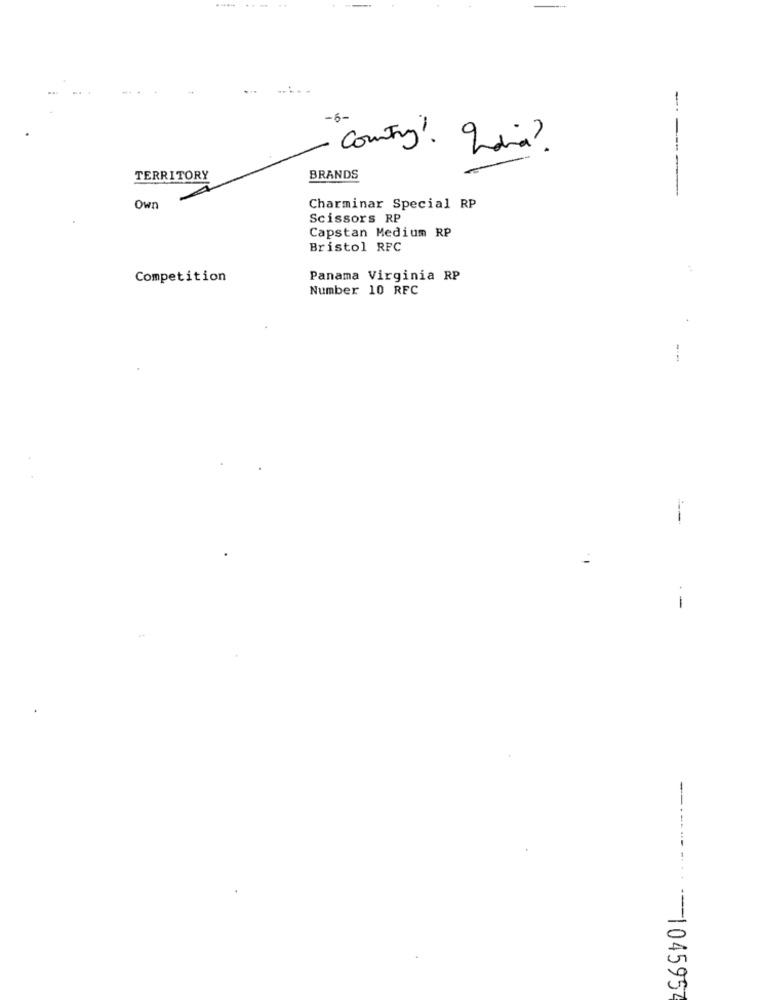
..
...
-.
-5-
country !! Idia?
TERRITORY
BRANDS
-
Own
Charminar Special RP
Scissors RP
Capstan Medium RP
Bristol RFC
Competition
Panama Virginia RP
Number 10 RFC
--
---------- --- 1045957